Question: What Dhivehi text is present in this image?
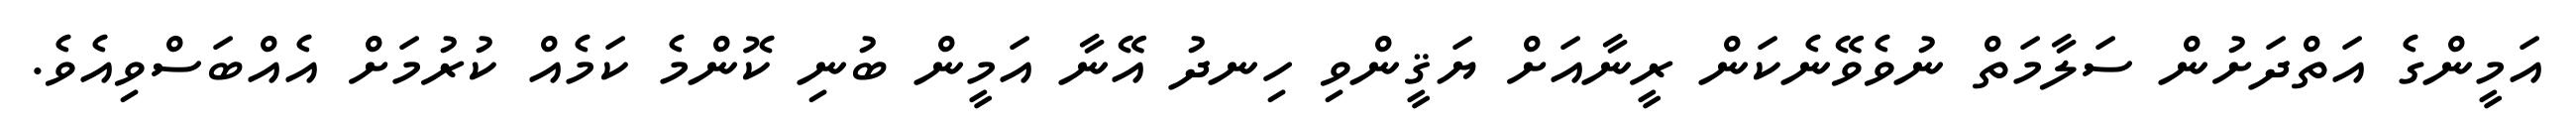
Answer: އަމީންގެ އަތްދަށުން ސަލާމަތް ނުވެވޭނެކަން ރީނާއަށް ޔަޤީންވި ހިނދު އޭނާ އަމީން ބުނި ކޮންމެ ކަމެއް ކުރުމަށް އެއްބަސްވިއެވެ.